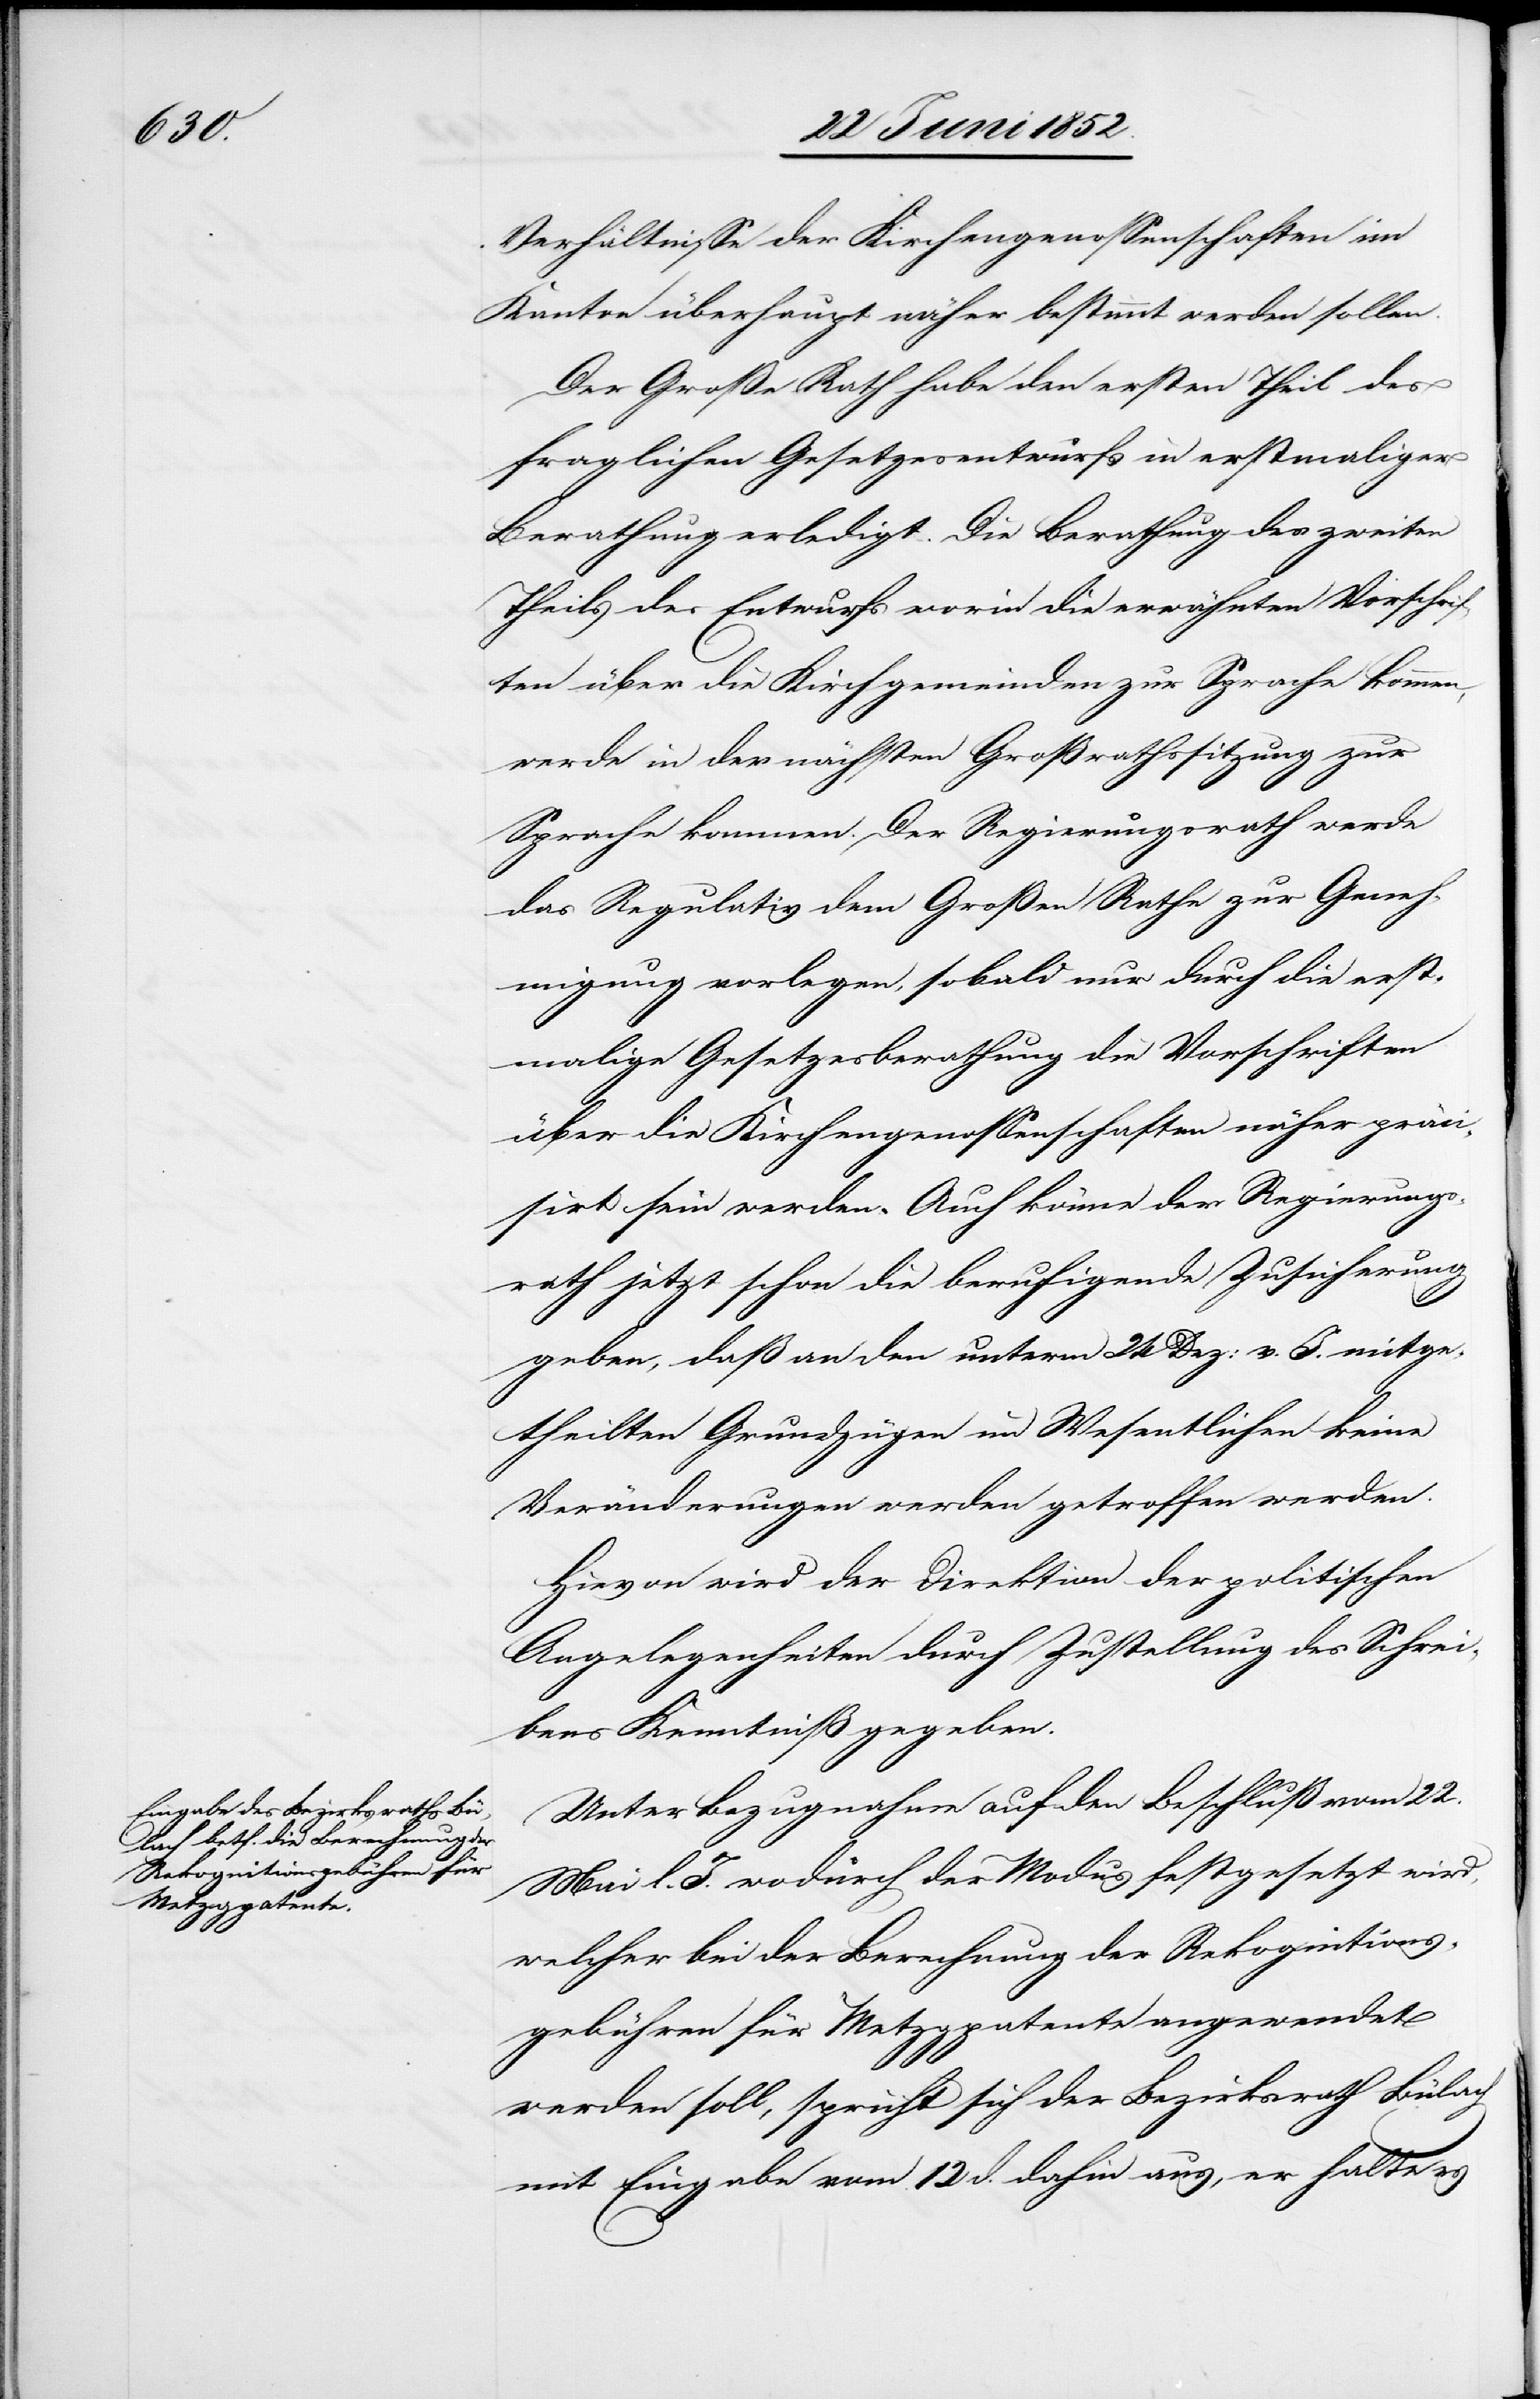
Verhältnisse der Kirchengenossenschaften im
Kanton überhaupt näher bestimmt werden sollen.
Der Große Rath habe den ersten Theil des
fraglichen Gesetzesentwurfs in erstmaliger
Berathung erledigt. Die Berathung des zweiten
Theils des Entwurfs worin die erwähnten Vorschrif¬
ten über die Kirchgemeinden zur Sprache kommen,
werde in der nächsten Großrathssitzung zur
Sprache kommen. Der Regierungsrath werde
das Regulativ dem Großen Rathe zur Geneh¬
migung vorlegen, sobald nur durch die erst¬
malige Gesetzesberathung die Vorschriften
über die Kirchengenossenschaften näher präci¬
sirt sein werden. Auch könne der Regierungs¬
rath jetzt schon die beruhigende Zusicherung
geben, daß an den unterm 24 Dez: v. J. mitge¬
theilten Grundzügen im Wesentlichen keine
Veränderungen werden getroffen werden.
Hievon wird der Direktion der politischen
Angelegenheiten durch Zustellung des Schrei¬
bens Kenntniß gegeben.
Unter Bezugnahme auf den Beschluß vom 22.
Mai l. J. wodurch der Modus festgesetzt wird,
welcher bei der Berechnung der Rekognitions¬
gebühren für Metzgpatente angewendet
werden soll, spricht sich der Bezirksrath Bülach
mit Eingabe vom 12 d. dahin aus, er halte es